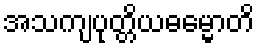
အသကျပုတ္တိယဓမ္မောတိ